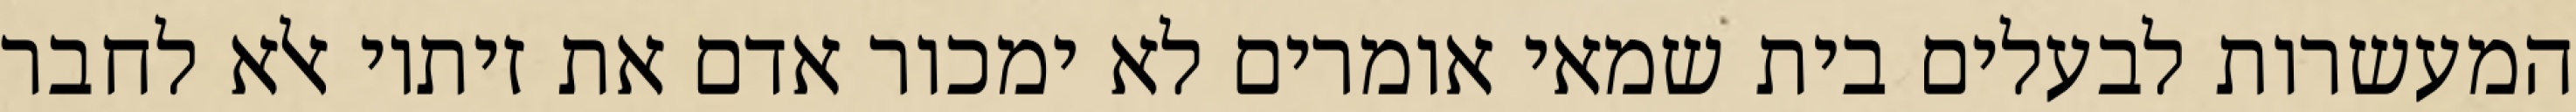
המעשרות לבעלים בית שמאי אומרים לא ימכור אדם את זיתיו אלא לחבר